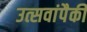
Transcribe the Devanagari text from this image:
उत्सवांपैकी